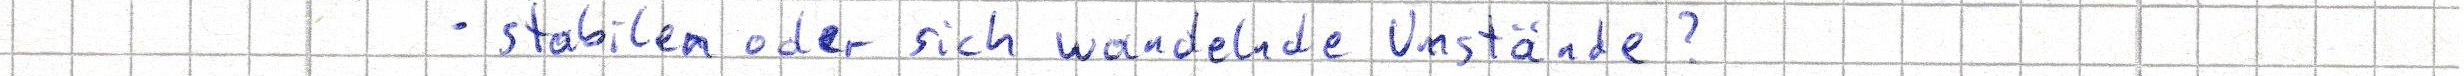
- stabilen oder sich wandelnde Umstände?